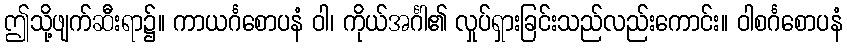
ဤသို့ဖျက်ဆီးရာ၌။ ကာယင်္ဂစောပနံ ဝါ၊ ကိုယ်အင်္ဂါ၏ လှုပ်ရှားခြင်းသည်လည်းကောင်း။ ဝါစင်္ဂစောပနံ